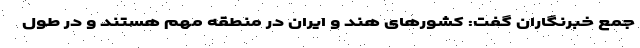
جمع خبرنگاران گفت: کشورهای هند و ایران در منطقه مهم هستند و در طول